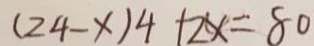
( 2 4 - x ) 4 + 2 x = 8 0